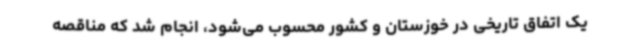
یک اتفاق تاریخی در خوزستان و کشور محسوب می‌شود، انجام شد که مناقصه